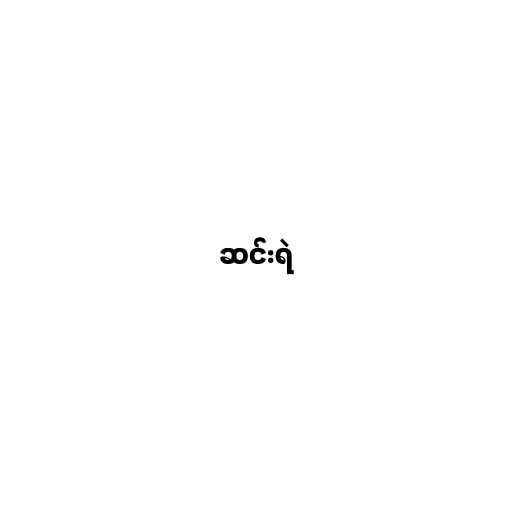
ဆင်းရဲ